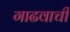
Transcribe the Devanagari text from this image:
गाढवाची